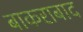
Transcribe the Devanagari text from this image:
बाकराबाद